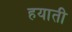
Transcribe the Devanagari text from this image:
हयाती